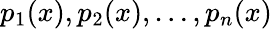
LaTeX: p_{1}(x),p_{2}(x),\dots,p_{n}(x)